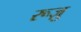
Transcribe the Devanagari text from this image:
रूज़ु